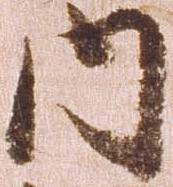
内